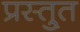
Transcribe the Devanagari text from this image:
प्रस्तु्त